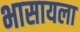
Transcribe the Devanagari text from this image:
भासायला